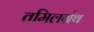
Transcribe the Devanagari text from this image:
तमिलग्रंथ